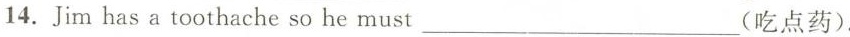
14. Jim has a toothache so he must ___ (吃点药).